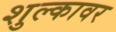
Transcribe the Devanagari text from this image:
शुल्कावर